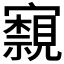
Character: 𭔢